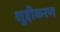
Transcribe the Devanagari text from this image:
शुद्दीकरण